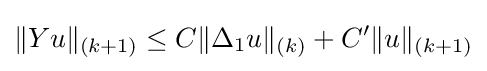
\|Yu\|_{(k+1)}\leq C\|\Delta _{1}u\|_{(k)}+C^{\prime }\|u\|_{(k+1)}